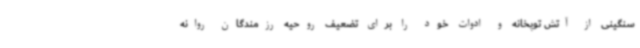
سنگینی از آتش توپخانه و ادوات خود را برای تضعیف روحیه رزمندگان روانه